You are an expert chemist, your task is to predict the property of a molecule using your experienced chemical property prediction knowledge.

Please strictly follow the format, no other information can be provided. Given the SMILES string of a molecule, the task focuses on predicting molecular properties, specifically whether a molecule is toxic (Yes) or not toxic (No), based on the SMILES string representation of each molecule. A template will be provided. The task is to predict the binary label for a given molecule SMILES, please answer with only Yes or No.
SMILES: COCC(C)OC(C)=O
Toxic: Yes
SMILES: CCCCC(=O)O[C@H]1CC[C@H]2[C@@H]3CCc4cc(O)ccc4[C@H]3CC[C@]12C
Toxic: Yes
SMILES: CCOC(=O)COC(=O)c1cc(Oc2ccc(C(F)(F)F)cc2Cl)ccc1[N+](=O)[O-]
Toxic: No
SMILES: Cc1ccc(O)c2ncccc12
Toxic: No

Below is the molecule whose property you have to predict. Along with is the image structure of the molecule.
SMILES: O=C(O)c1ccco1
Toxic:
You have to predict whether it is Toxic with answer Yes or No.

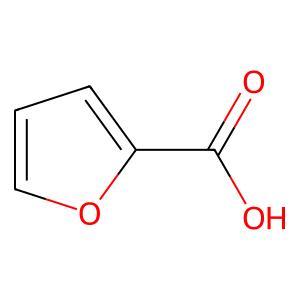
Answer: No